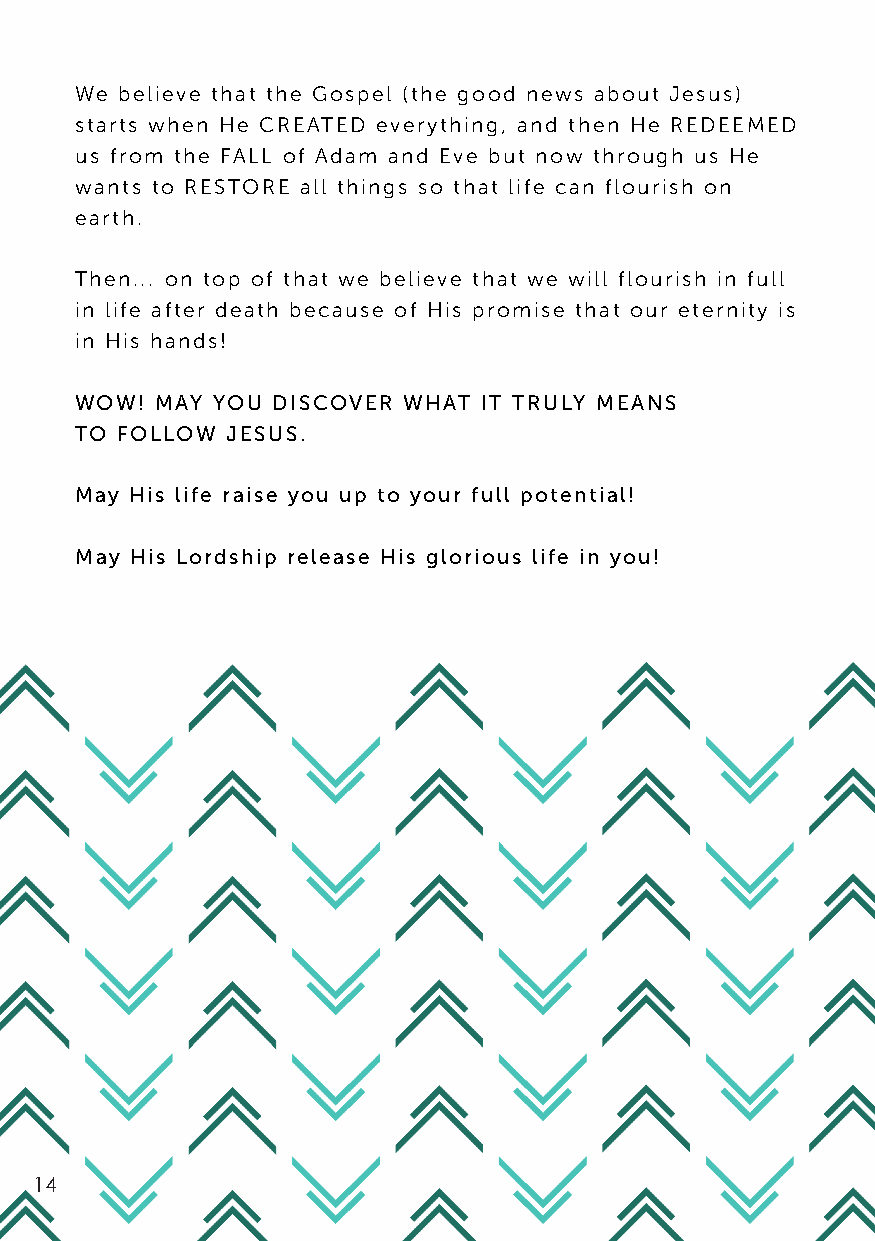
We believe that the Gospel (the good news about Jesus)
 starts when He CREATED everything, and then He REDEEMED
 us from the FALL of Adam and Eve but now through us He
 wants to RESTORE all things so that life can flourish on
 earth.
 Then... on top of that we believe that we will flourish in full
 in life after death because of His promise that our eternity is
 in His hands!
 WOW! MAY YOU DISCOVER WHAT IT TRULY MEANS
 TO FOLLOW JESUS.
 May His life raise you up to your full potential!
 May His Lordship release His glorious life in you!
 14